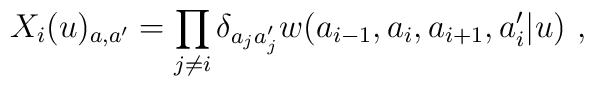
X_i(u)_{a,a'}=\prod_{j\not=i}\delta_{a_ja'_j}  w(a_{i-1},a_i,a_{i+1},a_i'|u)~,